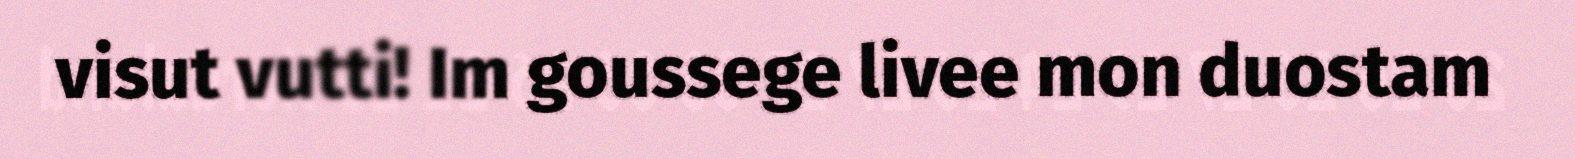
visut vutti! Im goussege livee mon duostam